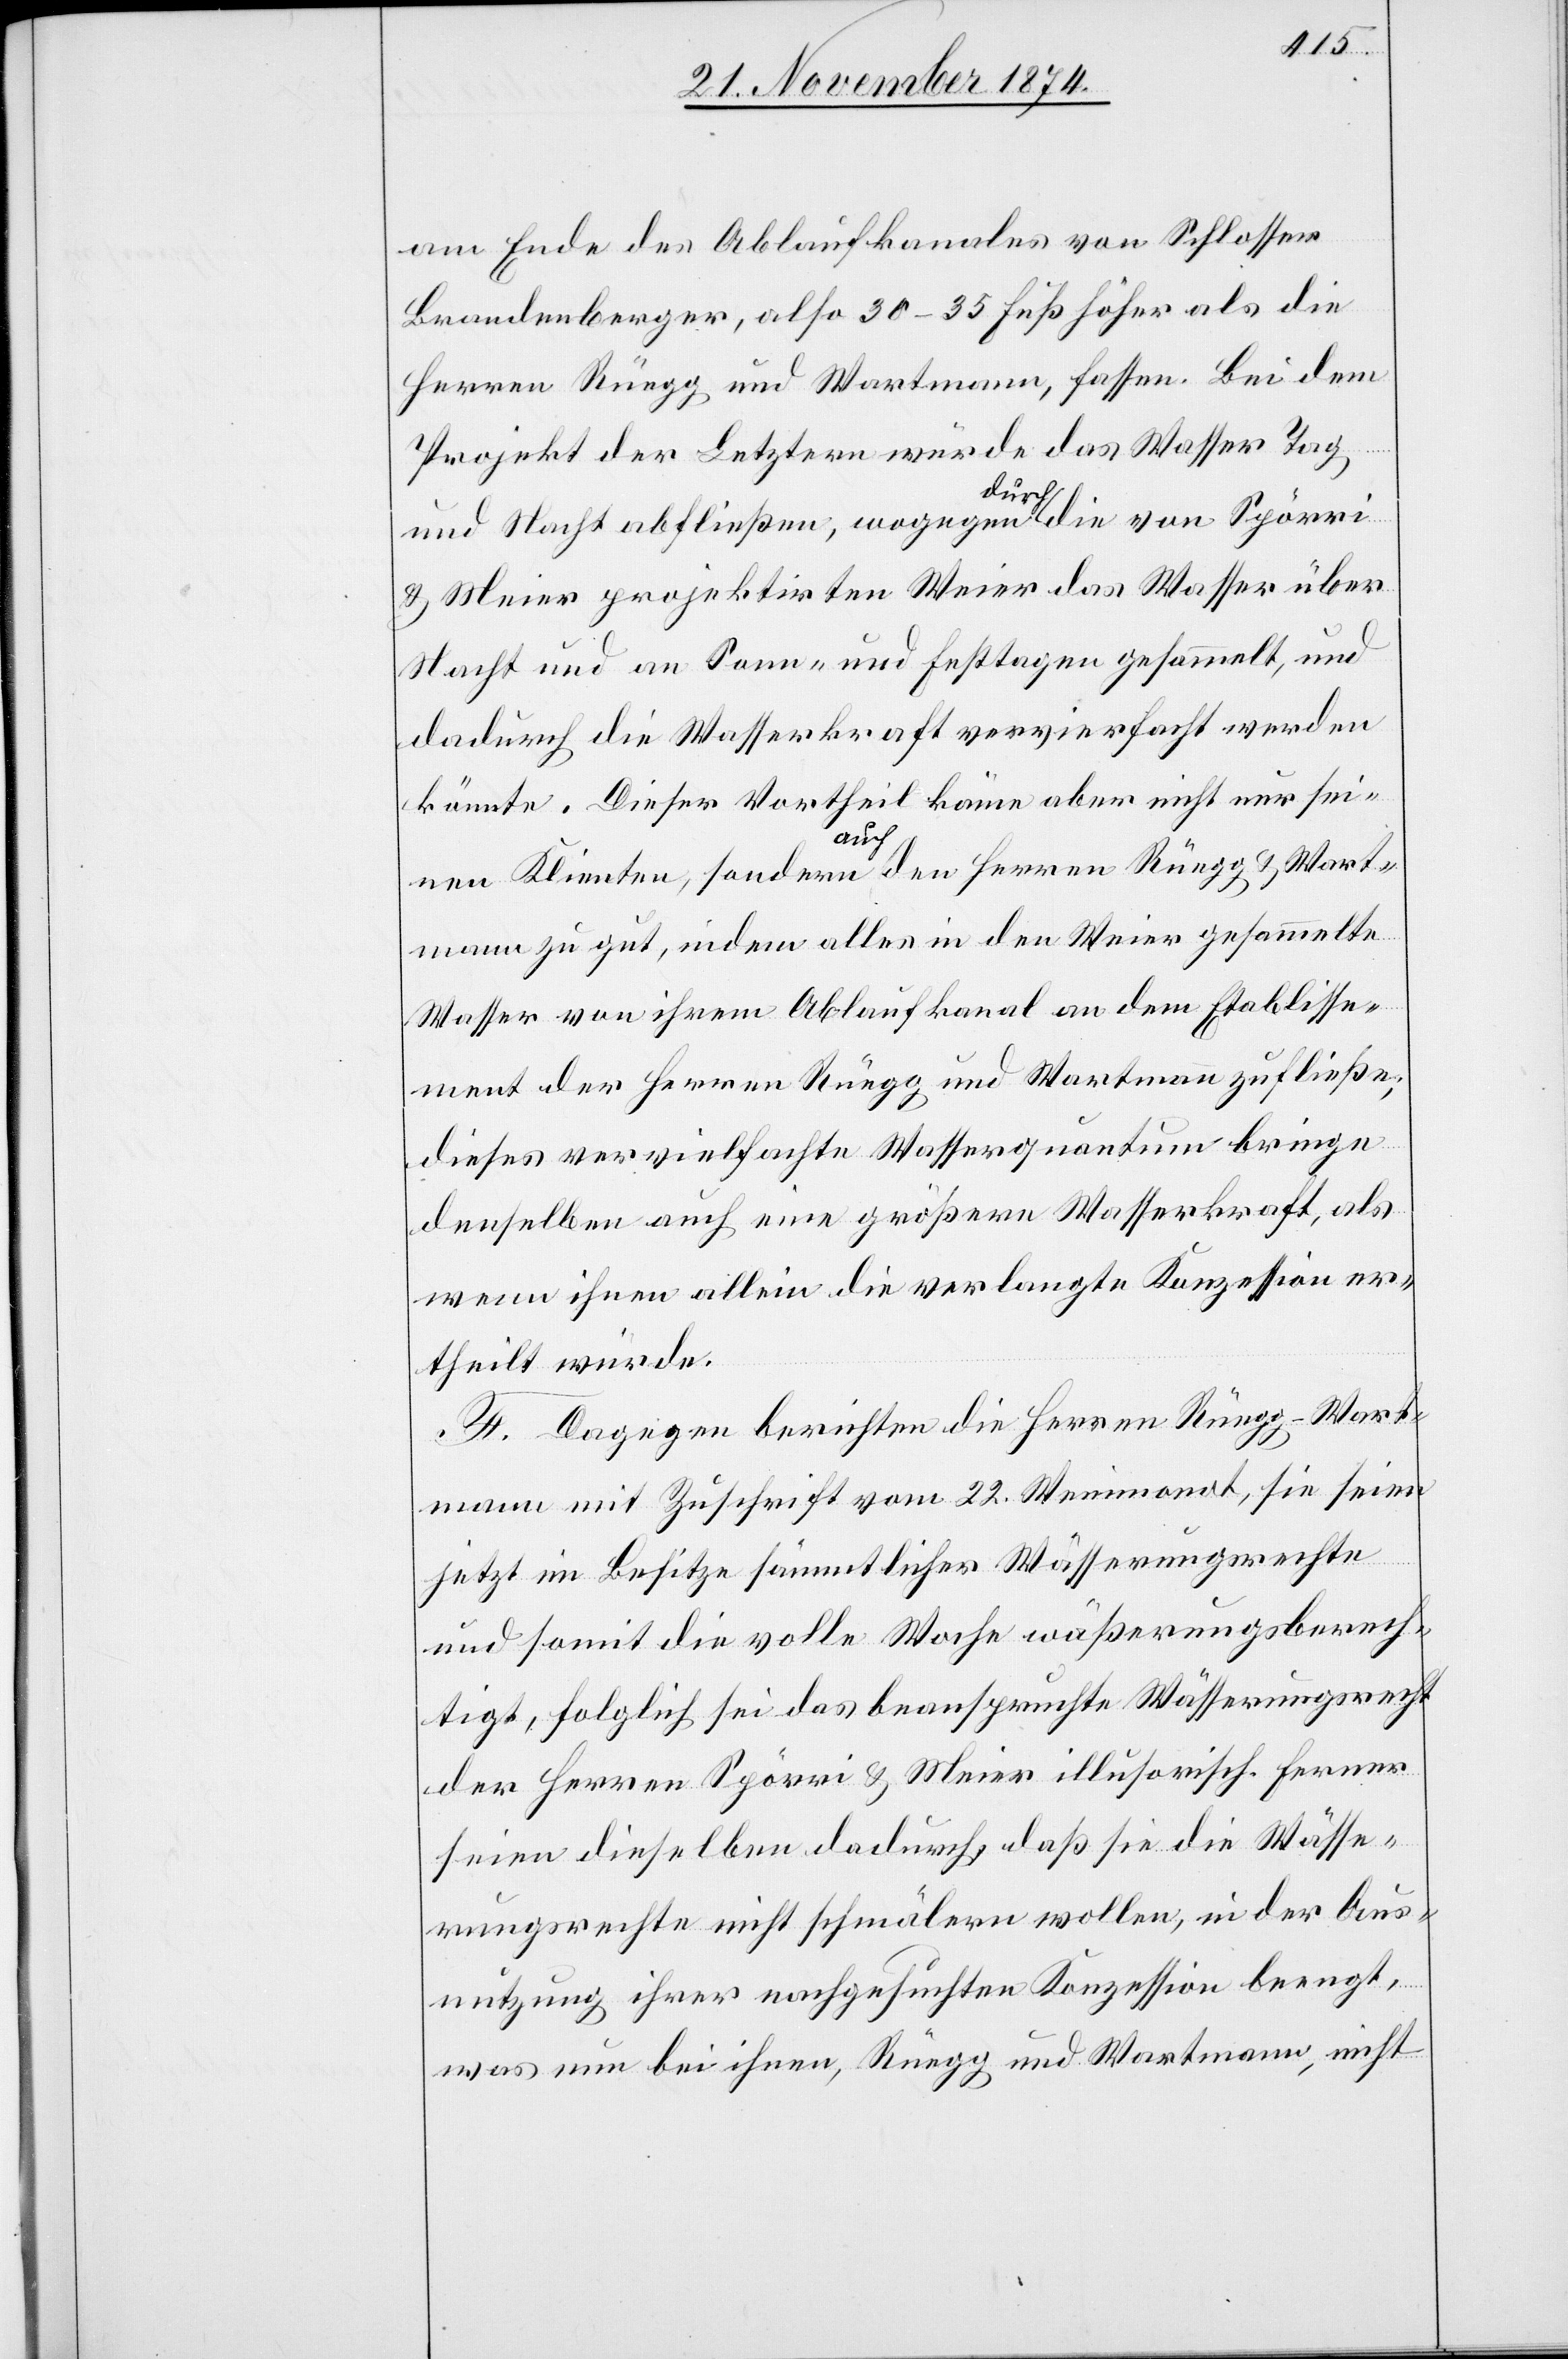
am Ende des Ablaufkanales von Schlosser
Brandenberger, also 30–35 Fuß höher als die
Herren Rüegg und Wartmann, fassen. Bei dem
Projekt der Letztern würde das Wasser Tag
und Nacht abfließen, wogegen durch die von Spörri
& Meier projektirten Weier das Wasser über
Nacht und an Sonn- und Festtagen gesammelt, und
dadurch die Wasserkraft vervierfacht werden
könnte. Dieser Vortheil käme aber nicht nur sei¬
nen Klienten, sondern auch den Herren Rüegg & Wart¬
mann zu gut, indem alles in den Weier gesammelte
Wasser von ihrem Ablaufkanal an dem Etablisse¬
ment der Herren Rüegg und Wartmann zufließe;
dieses vervielfachte Wasserquantum bringe
denselben auch eine größere Wasserkraft, als
wenn ihnen allein die verlangte Konzession er¬
theilt würde.
F. Dagegen berichten die Herren Rüegg-Wart¬
mann mit Zuschrift vom 22. Weinmonat, sie seien
jetzt im Besitze sämmtlicher Wässerungsrechte
und somit die volle Woche wäßerungsberech¬
tigt, folglich sei das beanspruchte Wässerungsrecht
der Herren Spörri & Meier illusorisch. Ferner
seien dieselben dadurch daß sie die Wässe¬
rungsrechte nicht schmälern wollen, in der Aus¬
nutzung ihrer nachgesuchten Konzession beengt,
was nun bei ihnen, Rüegg und Wartmann, nicht